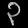
Digit: ၃